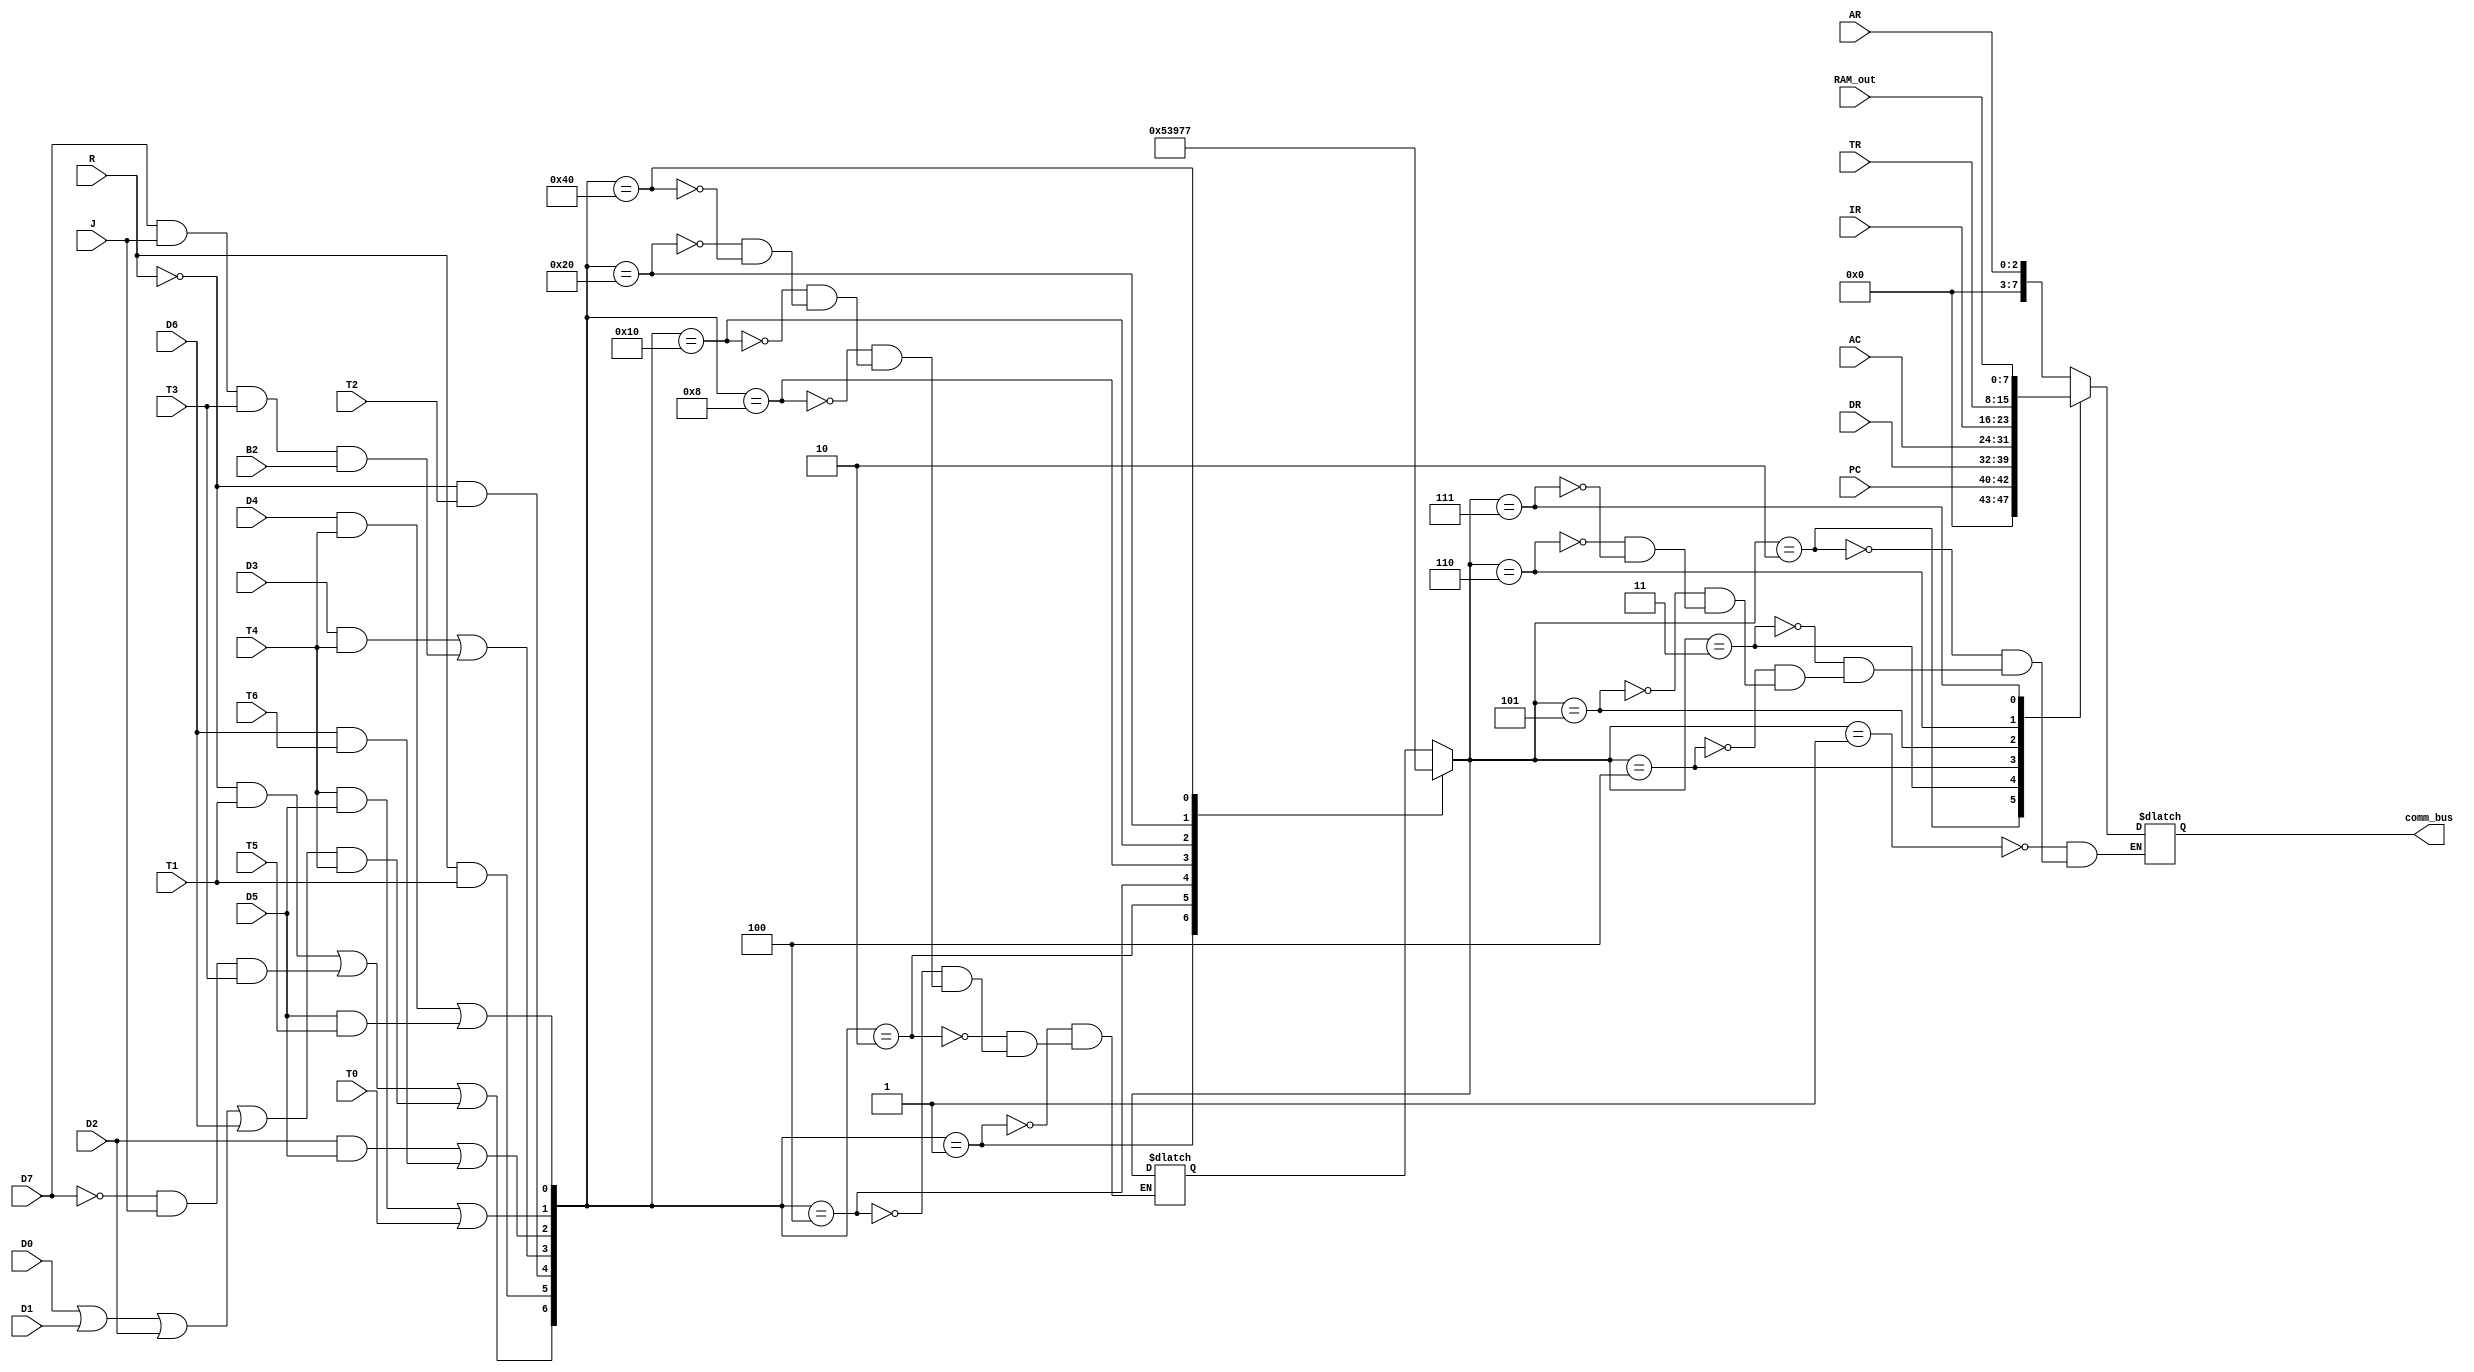
`timescale 1ns / 1ps
//////////////////////////////////////////////////////////////////////////////////
// Company: 
// Engineer: 
// 
// Design Name: 
// Module Name: CommonBus
// Project Name: 
// Target Devices: 
// Tool Versions: 
// Description: 
// 
// Dependencies: 
// 
// Revision:
// Revision 0.01 - File Created
// Additional Comments:
// 
//////////////////////////////////////////////////////////////////////////////////


module CommonBus(
input D7,
input D6,
input D5,
input D4,
input D3,
input D2,
input D0,
input D1,
input T6,
input T5,
input T4,
input R,
input T2,
input B2,
input T1,
input T3,
input J,
input T0,
input [7:0] AC,
input [7:0] DR,
input [2:0] AR,
input [2:0] PC,
input [7:0] RAM_out,
input [7:0] IR,
input [7:0] TR,
output reg [7:0] comm_bus      );

  wire X1, X2, X3, X4, X5, X6, X7;
  reg [2:0] Z;

  assign X1 = (D4 & T4) | (D5 & T5);
  assign X2 = (T4 & D5) | T0       ;
  assign X3 = (D2 & D5) | (D6 & T6);
  assign X4 = (D3 & T4) | (D7 & J & T3 & B2);
  assign X5 = ~R & T2 ;
  assign X6 = R & T1  ;
  assign X7 = (~R & T1) | (~D7 & J & T3) | ((D0 | D1 | D2 | D6) & T4);

  always @(*) begin
    case ({X7, X6, X5, X4, X3, X2, X1})
      
      7'b0000001: Z = 3'b001;
      7'b0000010: Z = 3'b010;
      7'b0000100: Z = 3'b011;
      7'b0001000: Z = 3'b100;
      7'b0010000: Z = 3'b101;
      7'b0100000: Z = 3'b110;
      7'b1000000: Z = 3'b111;
      
    endcase

    case (Z)
     
      3'b001: comm_bus <= AR;
      3'b010: comm_bus <= PC;
      3'b011: comm_bus <= DR;
      3'b100: comm_bus <= AC;
      3'b101: comm_bus <= IR;
      3'b110: comm_bus <= TR;
      3'b111: comm_bus <= RAM_out;
    endcase
  end

endmodule